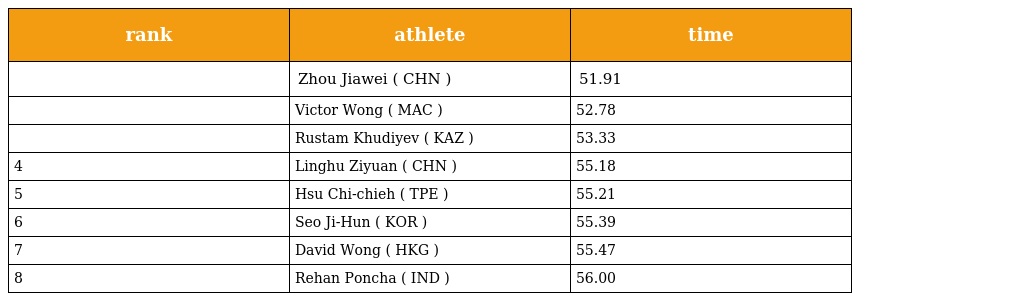
| rank | athlete | time |
 | --- | --- | --- |
 |  | Zhou Jiawei ( CHN ) | 51.91 |
 |  | Victor Wong ( MAC ) | 52.78 |
 |  | Rustam Khudiyev ( KAZ ) | 53.33 |
 | 4 | Linghu Ziyuan ( CHN ) | 55.18 |
 | 5 | Hsu Chi-chieh ( TPE ) | 55.21 |
 | 6 | Seo Ji-Hun ( KOR ) | 55.39 |
 | 7 | David Wong ( HKG ) | 55.47 |
 | 8 | Rehan Poncha ( IND ) | 56.00 |